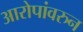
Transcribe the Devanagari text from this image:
आरोपांवरुन